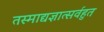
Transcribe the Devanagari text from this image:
तस्माद्यज्ञात्सर्वहुत